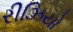
રીઝિયો